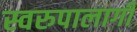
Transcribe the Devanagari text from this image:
स्वरुपालागी